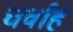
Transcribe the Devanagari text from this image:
चर्वाह